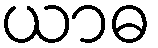
ယာဓ